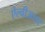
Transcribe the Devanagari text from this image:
ऐल्वीअलर